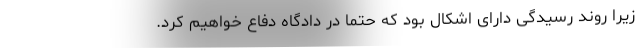
زیرا روند رسیدگی دارای اشکال بود که حتما در دادگاه دفاع خواهیم کرد.